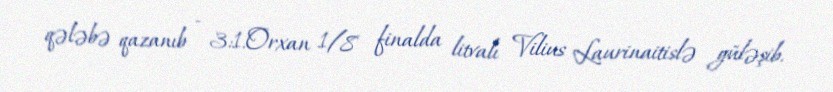
qələbə qazanıb - 3:1.Orxan 1/8 finalda litvalı Vilius Laurinaitislə güləşib.